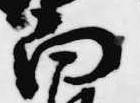
向